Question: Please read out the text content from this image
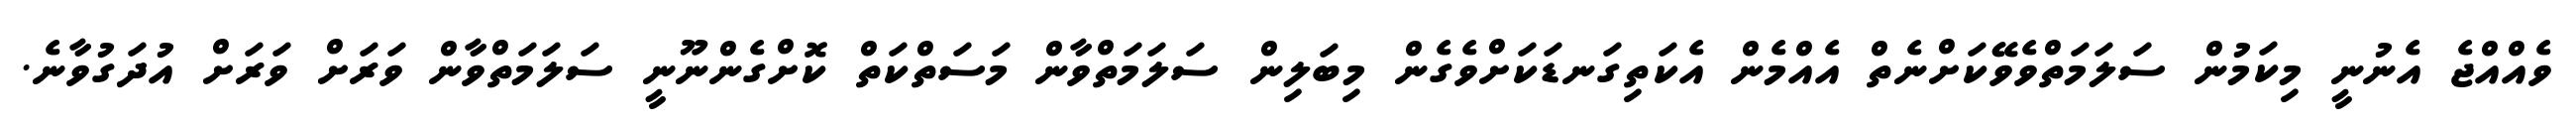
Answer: ވެއްއްޖެ އެނުނީ މިކަމުން ސަލަމަތްވެވޭކަށްނެތް އެއްމެން އެކަތިގަނޑަކަށްވެގެން މިބަލިން ސަލަމަތްވާން މަސަތްކަތް ކޮށްގެންނޫނީ ސަލަމަތްވާން ވަރަށް ވަރަށް އުދަގުވާނެ.